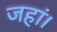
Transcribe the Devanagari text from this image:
जहां।